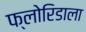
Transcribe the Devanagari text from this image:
फ्लोरिडाला